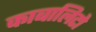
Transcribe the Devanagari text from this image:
काबालिटो